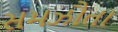
સમઝૌતા